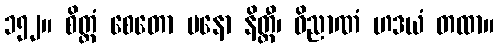
၁၅၂။ စိတ္တံ စေတော မနော နိတ္ထီ၊ ဝိညာဏံ ဟဒယံ တထာ။